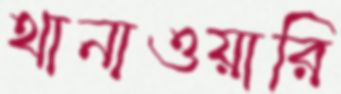
থানাওয়ারি